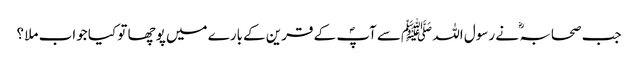
جب صحابہ ؓ نے رسول اللہ ﷺسے آپؐ کے قرین کےبارے میں پوچھا تو کیا جواب ملا ؟